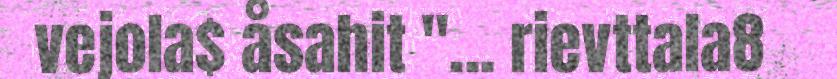
vejola$ åsahit "... rievttala8